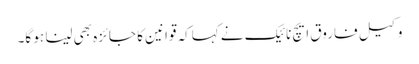
وکیل فاروق ایچ نائیک نے کہاکہ قوانین کا جائزہ بھی لینا ہو گا۔